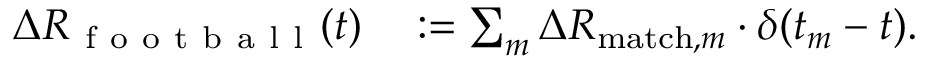
\begin{array} { r l } { \Delta R _ { \mathrm { ~ f ~ o ~ o ~ t ~ b ~ a ~ l ~ l ~ } } ( t ) } & { { } : = \sum _ { m } \Delta R _ { \mathrm { m a t c h } , m } \cdot \delta ( t _ { m } - t ) . } \end{array}